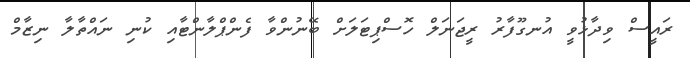
ރައީސް ވިދާޅުވީ އުނގޫފާރު ރީޖަނަލް ހޮސްޕިޓަލަށް ބޭނުންވާ ފެންޕްލާންޓާއި ކުނި ނައްތާލާ ނިޒާމް